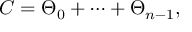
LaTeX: { \cal C } = \Theta _ { 0 } + \cdots + \Theta _ { n - 1 } ,